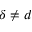
\delta \ne d